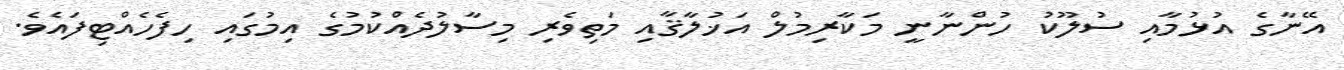
އޭނާގެ އުޅުމާއި ސުލޫކު ހުންނާނީ މަކާރިމުލް އަޚުލާޤާއި މަތިވެރި މިސާލުދެއްކުމުގެ އިމުގައި ހިފެހެއްޓިފައެވެ.